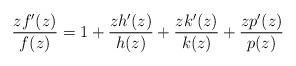
LaTeX: \begin{align*} \frac{zf'(z)}{f(z)} = 1+ \frac{zh'(z)}{h(z)} + \frac{zk'(z)}{k(z)} + \frac{zp'(z)}{p(z)}\end{align*}